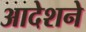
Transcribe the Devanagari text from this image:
आदेशने